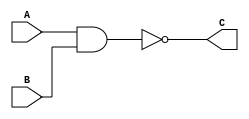
module nand_gate(A, B, C);
input A, B; 
output C; 
nand a1(C, A, B);
endmodule

module test; 
reg A, B; 
wire C; 
nand_gate i(A, B, C);
initial
begin
    A = 1'b0;
    B = 1'b0; 
    $monitor ("Time= %0t , A= %b , B = %b , C = %b" , $time , A , B , C); 
    #5 A= 1'b0 ; B= 1'b0; 
    #5 A= 1'b0 ; B= 1'b1; 
    #5 A= 1'b1 ; B= 1'b0; 
    #5 A= 1'b1 ; B= 1'b1; 
end 
endmodule